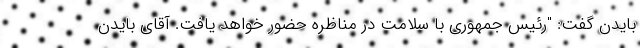
بایدن گفت: "رئیس جمهوری با سلامت در مناظره حضور خواهد یافت. آقای بایدن